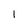
Character: 1